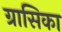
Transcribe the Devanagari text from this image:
ग्रासिका